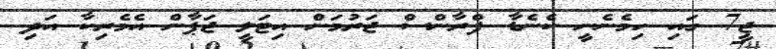
ޖީ7 ގައި ހިމެނެނީ ކެނެޑާ ފްރާންސް ޖަރުމަން އިޓަލީ ޖަޕާން އެމެރިކާ އަދި